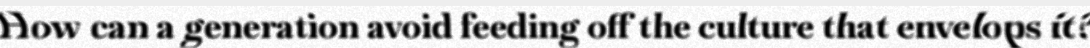
How can a generation avoid feeding off the culture that envelops it?